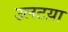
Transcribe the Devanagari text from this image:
उलटय़ा